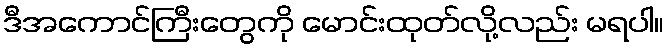
ဒီအကောင်ကြီးတွေကို မောင်းထုတ်လို့လည်း မရပါ။